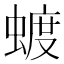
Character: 𮔦